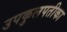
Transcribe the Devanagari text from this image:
उपकुलपतीका